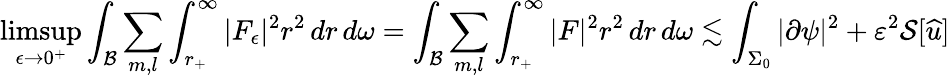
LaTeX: \operatorname*{limsup}_{\epsilon\to 0^{+}}\int_{\mathcal{B}}\sum_{m,l}\int_{r_{+}}^{\infty}|F_{\epsilon}|^{2}r^{2}\, dr\, d\omega=\int_{\mathcal{B}}\sum_{m,l}\int_{r_{+}}^{\infty}|F|^{2}r^{2}\, dr\, d\omega\lesssim\int_{\Sigma_{0}}|\partial\psi|^{2}+\varepsilon^{2}\mathcal{S}[{\widehat{u}}]